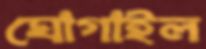
ঘোগাইল